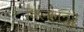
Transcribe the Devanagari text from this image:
विल्कानुंडू